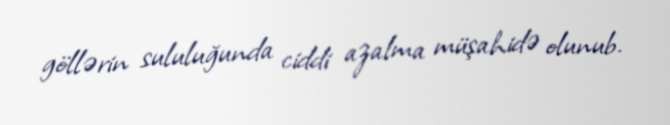
göllərin sululuğunda ciddi azalma müşahidə olunub.